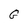
Character: G